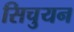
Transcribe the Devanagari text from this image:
सिचुयन